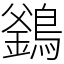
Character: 𪄇